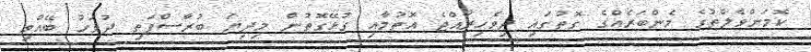
ކޮމަންވެލްތުގެ މެންބަރެއްގެ ގޮތުގައި ދިވެހިރާއްޖެ އޮތުމާއި ގުޅޭގޮތުން މިދިޔަ ބުރާސްފަތި ދުވަހު ބޭއްވި